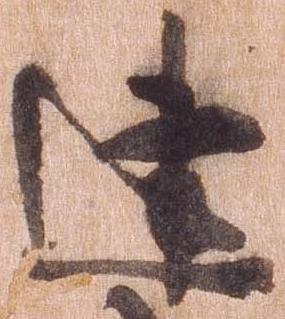
建